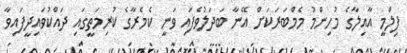
ފިލްމީ އާއިލާގެ މުހިންމު މެމްބަރަކަށް އޭނާ ބަދަލުވެފައި ވަނީ ކެމެރާގެ ކުރިމަތީގައި ދައްކުވައިދީފައިވާ